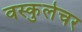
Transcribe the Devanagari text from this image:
वस्कुलेचर